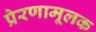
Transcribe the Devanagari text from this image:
प्रेरणामूलक